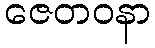
ဇေတဝနာ